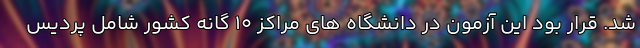
شد. قرار بود این آزمون در دانشگاه های مراکز ۱۰ گانه کشور شامل پردیس